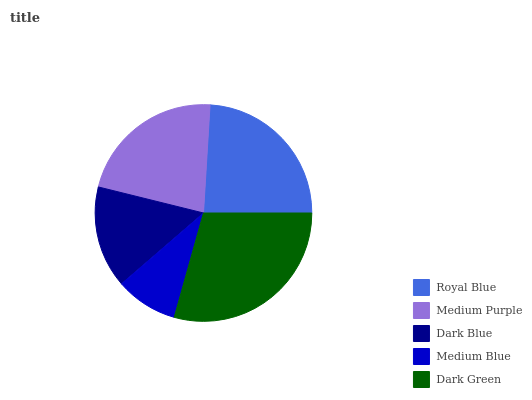
| Royal Blue | Medium Purple | Dark Blue | Medium Blue | Dark Green |
 | --- | --- | --- | --- | --- |
 | 24% | 22.1% | 15.2% | 9.32% | 29.3% |